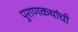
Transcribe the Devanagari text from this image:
पुराणकथांची